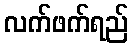
လက်ဖက်ရည်